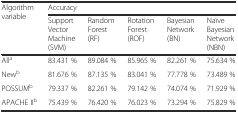
<table><thead><tr><td rowspan="2"><b>Algorithm variable</b></td><td colspan="5"><b>Accuracy</b></td></tr><tr><td><b>Support Vector Machine (SVM)</b></td><td><b>Random Forest (RF)</b></td><td><b>Rotation Forest (ROF)</b></td><td><b>Bayesian Network (BN)</b></td><td><b>Naïve Bayesian Network (NBN)</b></td></tr></thead><tbody><tr><td>All<sup>a</sup></td><td>83.431 %</td><td>89.084 %</td><td>85.965 %</td><td>82.261 %</td><td>75.634 %</td></tr><tr><td>New<sup>b</sup></td><td>81.676 %</td><td>87.135 %</td><td>83.041 %</td><td>77.778 %</td><td>73.489 %</td></tr><tr><td>POSSUM<sup>b</sup></td><td>79.337 %</td><td>82.261 %</td><td>79.142 %</td><td>74.074 %</td><td>71.929 %</td></tr><tr><td>APACHE II<sup>b</sup></td><td>75.439 %</td><td>76.420 %</td><td>76.023 %</td><td>73.294 %</td><td>75.829 %</td></tr></tbody></table>